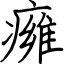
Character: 㿈